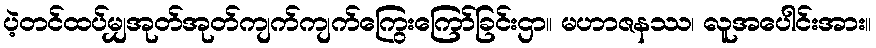
ပဲ့တင်ထပ်မျှအုတ်အုတ်ကျက်ကျက်ကြွေးကြော်ခြင်းဌာ။ မဟာဇနဿ၊ လူအပေါင်းအား။